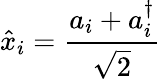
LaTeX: \hat{x}_{i}=\frac{a_{i}+a_{i}^{\dagger}}{\sqrt{2}}